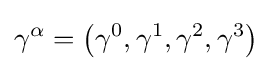
\gamma ^{\alpha }=\left(\gamma ^{0},\gamma ^{1},\gamma ^{2},\gamma ^{3}\right)